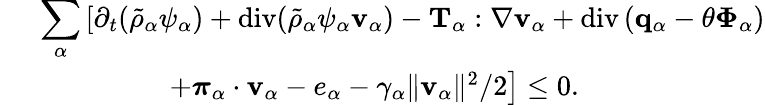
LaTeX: \begin{array}{rl}&{~\displaystyle\sum_{\alpha}\left[\partial_{t}(\tilde{\rho}_{\alpha}\psi_{\alpha})+\mathrm{div}(\tilde{\rho}_{\alpha}\psi_{\alpha}\mathbf{v}_{\alpha})-\mathbf{T}_{\alpha}:\nabla\mathbf{v}_{\alpha}+\mathrm{div}\left(\mathbf{q}_{\alpha}-\theta\boldsymbol{\Phi}_{\alpha}\right)\right.}\\ &{\quad\quad\quad\quad\quad\left.+\boldsymbol{\pi}_{\alpha}\cdot\mathbf{v}_{\alpha}-e_{\alpha}-\gamma_{\alpha}\| \mathbf{v}_{\alpha}\| ^{2}/2\right]\leq 0.}\end{array}